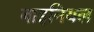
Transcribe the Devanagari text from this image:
बाइनियल